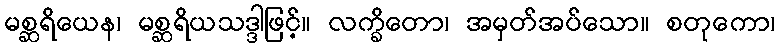
မစ္ဆရိယေန၊ မစ္ဆရိယသဒ္ဒါဖြင့်။ လက္ခိတော၊ အမှတ်အပ်သော။ စတုကော၊